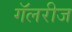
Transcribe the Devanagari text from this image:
गॅलरीज